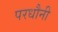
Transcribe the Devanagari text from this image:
परधौनी